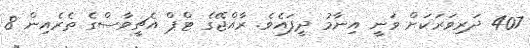
407 ދަރިވަރަކަށް ވަނީ އިނާމު ދީފައެވެ. ރާއްޖޭގެ ޓްޕް އެޗީވާސްގެ ތެރެއިން 8